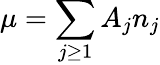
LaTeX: \mu=\sum_{j\geq 1}A_{j}n_{j}